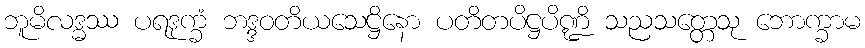
ဘူမိလဒ္ဓဿ ပရဒုက္ခံ ဘဒ္ဒဝတိယသေဋ္ဌိနော ပတိတပိဋ္ဌပိဏ္ဍိ သညသတ္တေသု ဘောက္ခာမ